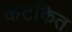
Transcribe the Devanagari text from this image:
कंटकित